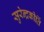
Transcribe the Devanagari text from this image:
सुरेन्द्रकीर्ति